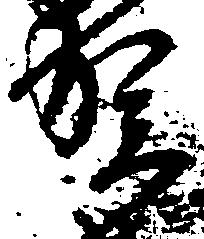
賀